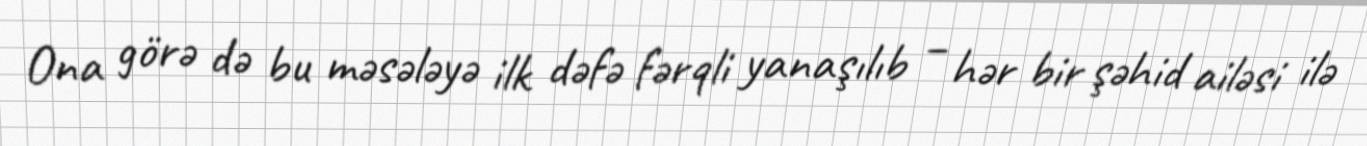
Ona görə də bu məsələyə ilk dəfə fərqli yanaşılıb – hər bir şəhid ailəsi ilə